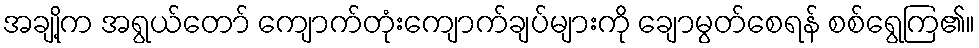
အချို့က အရွယ်တော် ကျောက်တုံးကျောက်ချပ်များကို ချောမွတ်စေရန် စစ်ရွေကြ၏။